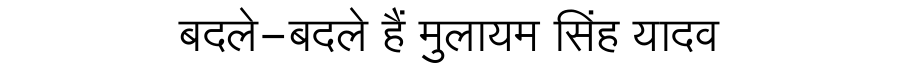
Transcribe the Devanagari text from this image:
बदले-बदले हैं मुलायम सिंह यादव